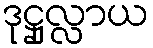
ဒုဋ္ဌုလ္လာယ